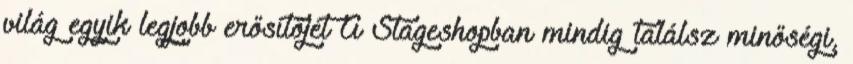
világ egyik legjobb erősítőjét A Stageshopban mindig találsz minőségi,